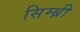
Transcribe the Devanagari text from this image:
सिम्ब्री